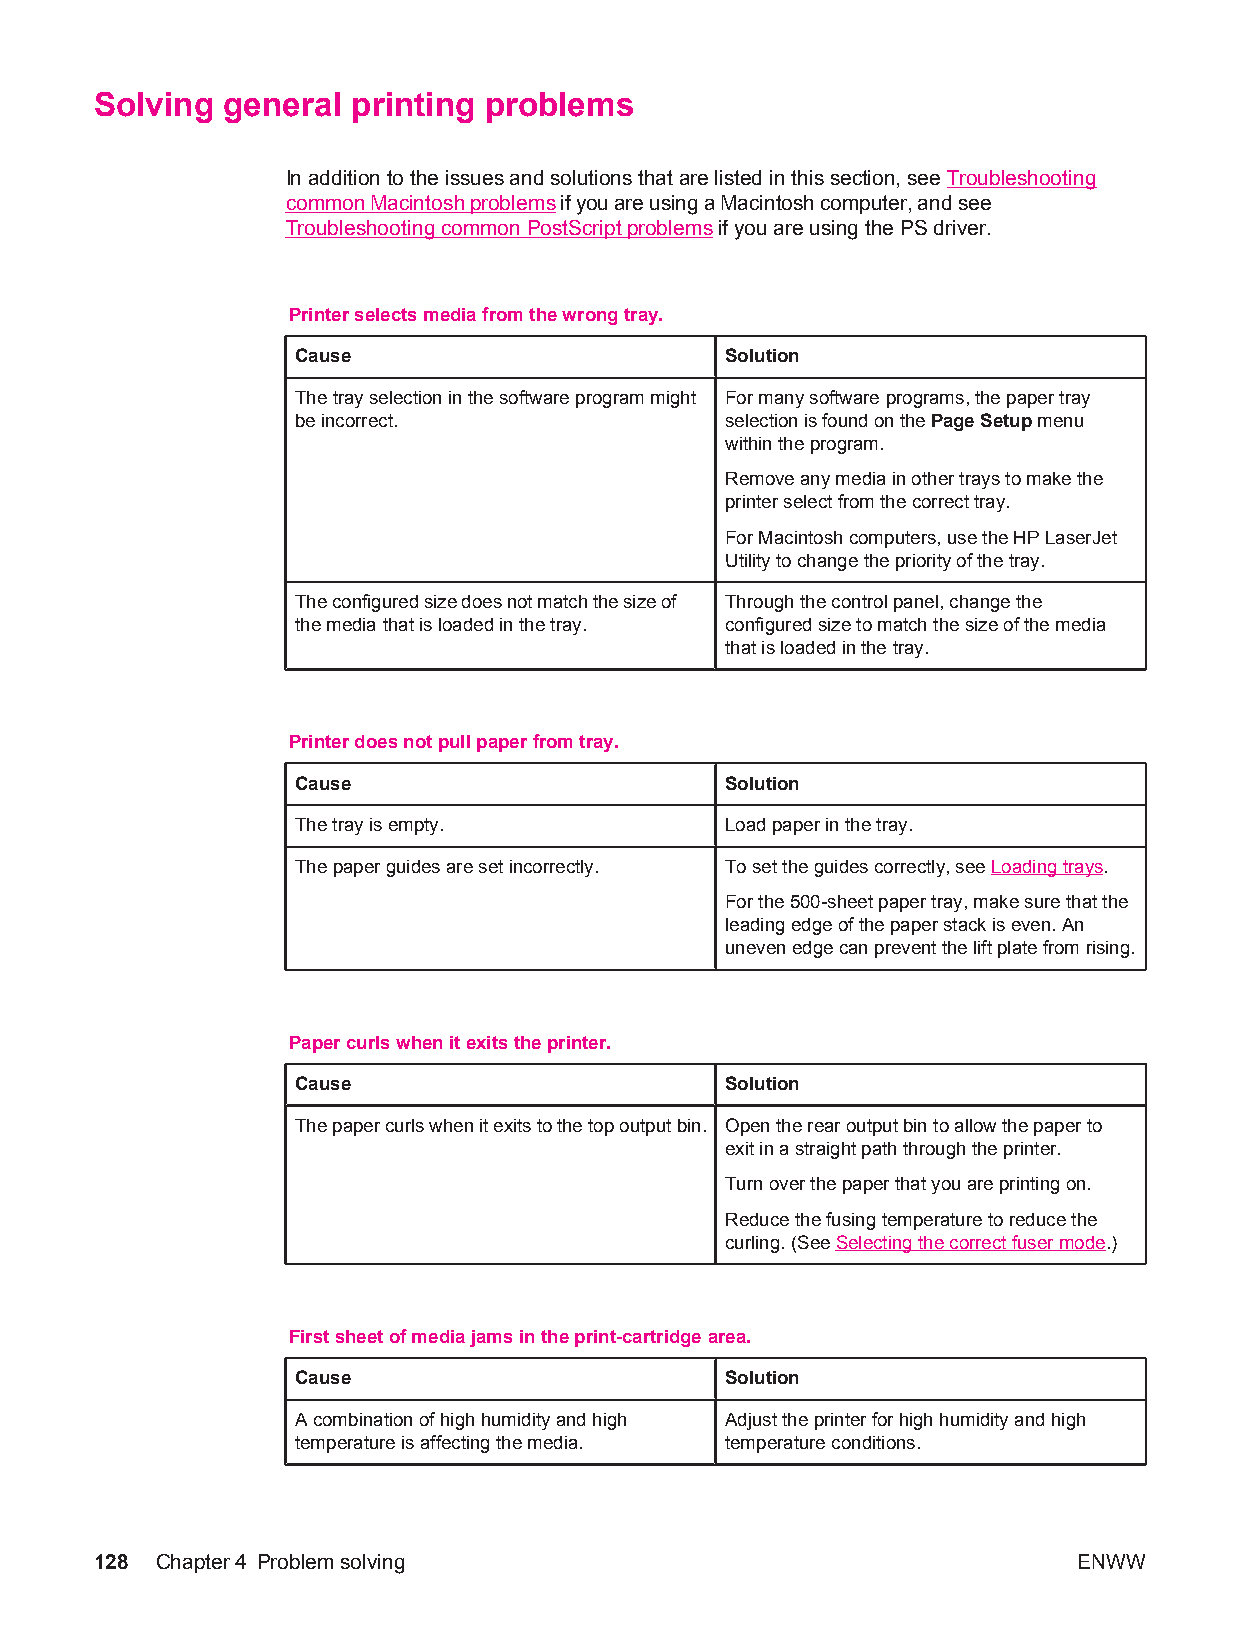
Solving  general printing problems
 In addition to the issues and solutions that are listed in this section, see Troubleshooting
 common Macintosh problems if you are using a Macintosh computer, and see
 Troubleshooting common PostScript problems if you are using the PS driver.
 Printer selects media from the wrong tray.
 Cause                       Solution
 The tray selection in the software program might For many software programs, the paper tray
 be incorrect.               selection is found on the Page Setup menu
 within the program.
 Remove any media in other trays to make the
 printer select from the correct tray.
 For Macintosh computers, use the HP LaserJet
 Utility to change the priority of the tray.
 The configured size does not match the size of Through the control panel, change the
 the media that is loaded in the tray. configured size to match the size of the media
 that is loaded in the tray.
 Printer does not pull paper from tray.
 Cause                       Solution
 The tray is empty.          Load paper in the tray.
 The paper guides are set incorrectly. To set the guides correctly, see Loading trays.
 For the 500-sheet paper tray, make sure that the
 leading edge of the paper stack is even. An
 uneven edge can prevent the lift plate from rising.
 Paper curls when it exits the printer.
 Cause                       Solution
 The paper curls when it exits to the top output bin. Open the rear output bin to allow the paper to
 exit in a straight path through the printer.
 Turn over the paper that you are printing on.
 Reduce the fusing temperature to reduce the
 curling. (See Selecting the correct fuser mode.)
 First sheet of media jams in the print-cartridge area.
 Cause                       Solution
 A combination of high humidity and high Adjust the printer for high humidity and high
 temperature is affecting the media. temperature conditions.
 128 Chapter4 Problem solving                                     ENWW